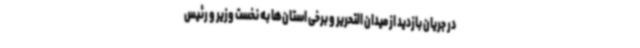
در جریان بازدید از میدان التحریر و برخی استان‌ها به نخست وزیر و رئیس